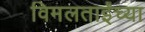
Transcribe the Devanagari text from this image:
विमलताईंच्या